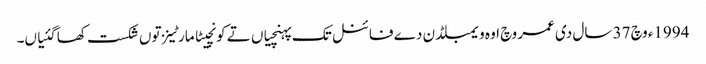
1994ء وچ 37 سال د‏‏ی عمر وچ اوہ ویمبلڈن دے فائنل تک پہنچیاں تے کونچیٹا مارٹینز تو‏ں شکست کھا گئیاں۔